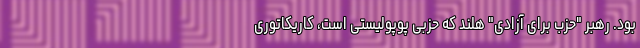
بود. رهبر "حزب برای آزادی" هلند که حزبی پوپولیستی است، کاریکاتوری